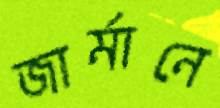
জার্মানে